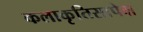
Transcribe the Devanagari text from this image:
कलाकृतिसापेक्ष